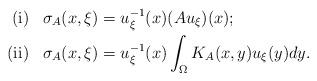
LaTeX: \begin{align*}{\rm (i)} \,\,\,\,\, &\sigma_{A}(x, \xi)=u_{\xi}^{-1}(x)(Au_{\xi})(x);\\{\rm (ii)} \,\,\,\,\,&\sigma_{A}(x,\xi)=u_{\xi}^{-1}(x)\int_{\Omega}K_{A}(x,y)u_{\xi}(y)dy.\end{align*}